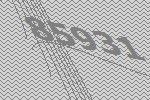
85931